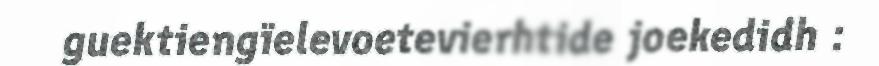
guektiengïelevoetevierhtide joekedidh :